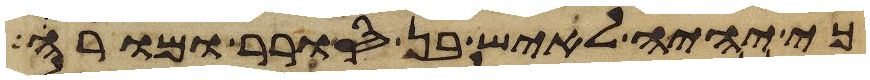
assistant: כי יהיה לאיש בן סורר ומורה